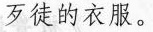
歹徒的衣服。